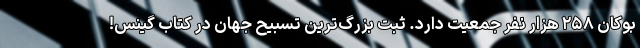
بوکان ۲۵۸ هزار نفر جمعیت دارد. ثبت بزرگ‌ترین تسبیح جهان در کتاب گینس!